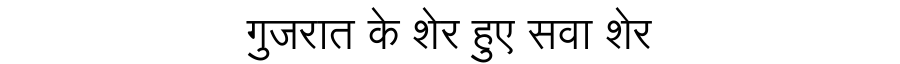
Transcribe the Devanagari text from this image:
गुजरात के शेर हुए सवा शेर